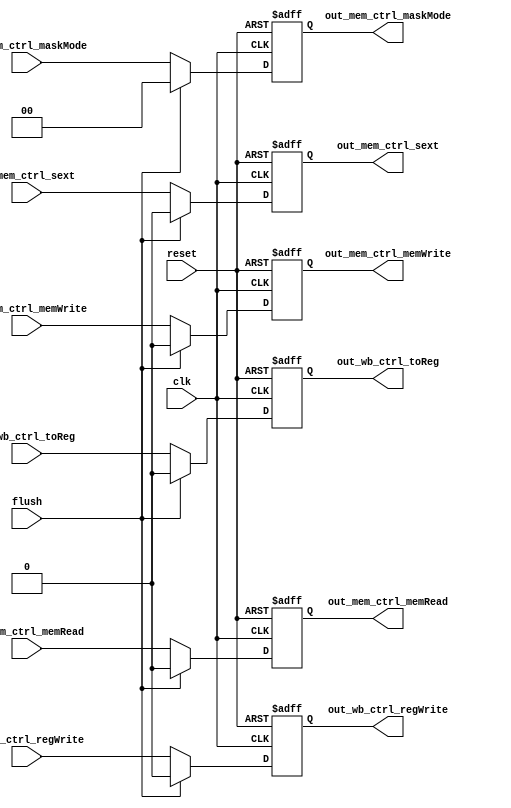

//  memRead  memWrite
// flush
//  flush 0 memRead memWrite
// dmem_rw.v


module ex_mem_ctrl(
  input        clk,
  input        reset,
  input        in_mem_ctrl_memRead,   //memory
  input        in_mem_ctrl_memWrite,  //memory
  input  [1:0] in_mem_ctrl_maskMode,  //mask
  input        in_mem_ctrl_sext,      //
  input        in_wb_ctrl_toReg,      //1mem
  input        in_wb_ctrl_regWrite,   //
  input        flush,                 //
  output       out_mem_ctrl_memRead,
  output       out_mem_ctrl_memWrite,
  output [1:0] out_mem_ctrl_maskMode,
  output       out_mem_ctrl_sext,
  output       out_wb_ctrl_toReg,
  output       out_wb_ctrl_regWrite
);

  reg  reg_mem_ctrl_memRead; 
  reg  reg_mem_ctrl_memWrite; 
  reg [1:0] reg_mem_ctrl_maskMode; 
  reg  reg_mem_ctrl_sext; 
  reg  reg_wb_ctrl_toReg; 
  reg  reg_wb_ctrl_regWrite; 

  assign out_mem_ctrl_memRead = reg_mem_ctrl_memRead; 
  assign out_mem_ctrl_memWrite = reg_mem_ctrl_memWrite; 
  assign out_mem_ctrl_maskMode = reg_mem_ctrl_maskMode; 
  assign out_mem_ctrl_sext = reg_mem_ctrl_sext; 
  assign out_wb_ctrl_toReg = reg_wb_ctrl_toReg; 
  assign out_wb_ctrl_regWrite = reg_wb_ctrl_regWrite; 
  
  always @(posedge clk or posedge reset) begin
    if (reset) begin 
      reg_mem_ctrl_memRead <= 1'h0; 
    end else if (flush) begin 
      reg_mem_ctrl_memRead <= 1'h0; 
    end else begin 
      reg_mem_ctrl_memRead <= in_mem_ctrl_memRead; 
    end
  end

  always @(posedge clk or posedge reset) begin
    if (reset) begin 
      reg_mem_ctrl_memWrite <= 1'h0; 
    end else if (flush) begin 
      reg_mem_ctrl_memWrite <= 1'h0; 
    end else begin 
      reg_mem_ctrl_memWrite <= in_mem_ctrl_memWrite; 
    end
  end

  always @(posedge clk or posedge reset) begin
    if (reset) begin 
      reg_mem_ctrl_maskMode <= 2'h0; 
    end else if (flush) begin 
      reg_mem_ctrl_maskMode <= 2'h0; 
    end else begin 
      reg_mem_ctrl_maskMode <= in_mem_ctrl_maskMode; 
    end
  end

  always @(posedge clk or posedge reset) begin
    if (reset) begin 
      reg_mem_ctrl_sext <= 1'h0; 
    end else if (flush) begin 
      reg_mem_ctrl_sext <= 1'h0; 
    end else begin 
      reg_mem_ctrl_sext <= in_mem_ctrl_sext; 
    end
  end

  always @(posedge clk or posedge reset) begin
    if (reset) begin 
      reg_wb_ctrl_toReg <= 1'h0; 
    end else if (flush) begin 
      reg_wb_ctrl_toReg <= 1'h0; 
    end else begin 
      reg_wb_ctrl_toReg <= in_wb_ctrl_toReg; 
    end
  end

  always @(posedge clk or posedge reset) begin
    if (reset) begin 
      reg_wb_ctrl_regWrite <= 1'h0; 
    end else if (flush) begin 
      reg_wb_ctrl_regWrite <= 1'h0; 
    end else begin 
      reg_wb_ctrl_regWrite <= in_wb_ctrl_regWrite; 
    end
  end

endmodule